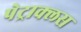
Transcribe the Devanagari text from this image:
पेट्राक्लस